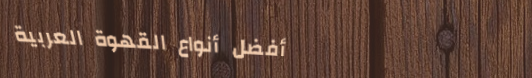
أفضل أنواع القهوة العربية